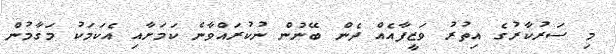
މި ސަރުކާރުގެ އިތުރު ވަޒީފާއެއް ދެން ބޭނުން ނުކުރައްވާނެ ކަމަށާއި އެކަމަކު މަގާމުން